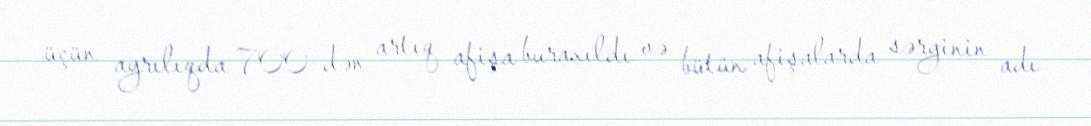
üçün ayrılıqda 700-dən artıq afişa buraxıldı və bütün afişalarda sərginin adı